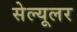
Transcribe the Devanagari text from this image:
सेल्‍यूलर